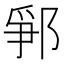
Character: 𨛰